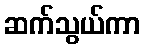
ဆက်သွယ်ကာ